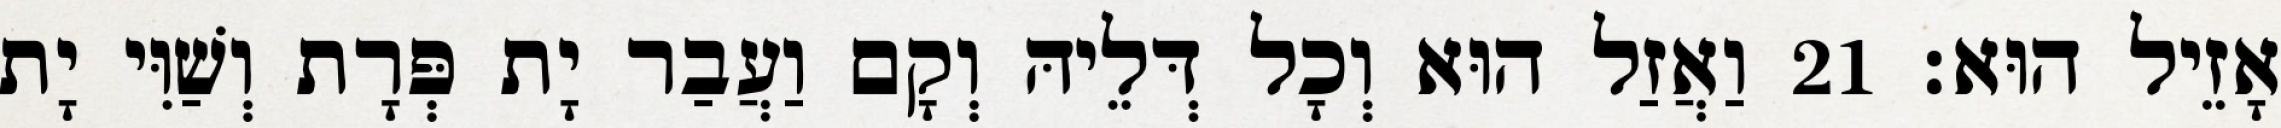
אָזֵיל הוּא׃ 21 וַאֲזַל הוּא וְכָל דְּלֵיהּ וְקָם וַעֲבַר יָת פְּרָת וְשַׁוִּי יָת